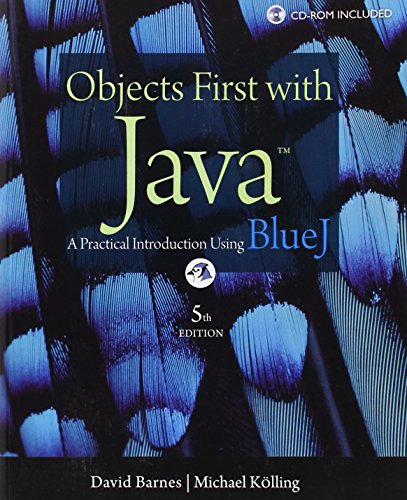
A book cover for Objects First with Java: A Practical Introduction Using BlueJ (5th Edition); David J. Barnes; Computers & Technology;